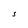
Character: S